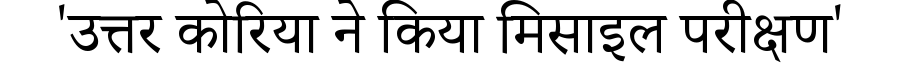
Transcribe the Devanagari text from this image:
'उत्तर कोरिया ने किया मिसाइल परीक्षण'